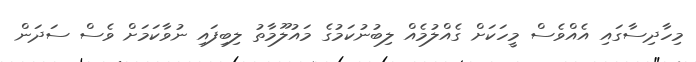
މިހާދިސާގައި އެއްވެސް މީހަކަށް ގެއްލުމެއް ލިބުނުކަމުގެ މައުލޫމާތު ލިބިފައި ނުވާކަމަށް ވެސް ސަދަން